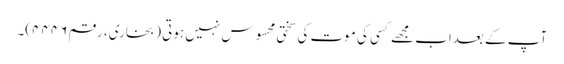
آپ کے بعداب مجھے کسی کی موت کی سختی محسوس نہیں ہوتی (بخاری، رقم ۴۴۴۶)۔